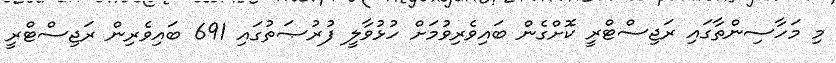
މި މަހާސިންތާގައި ރަޖިސްޓްރީ ކޮށްގެން ބައިވެރިވުމަށް ހުޅުވާލީ ފުރުޞަތުގައި 691 ބައިވެރިން ރަޖިސްޓްރީ